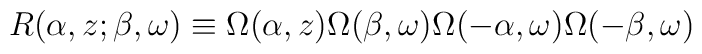
R(\alpha,z;\beta,\omega) \equiv\Omega(\alpha,z)\Omega(\beta,\omega)\Omega(-\alpha,\omega)\Omega(-\beta,\omega)